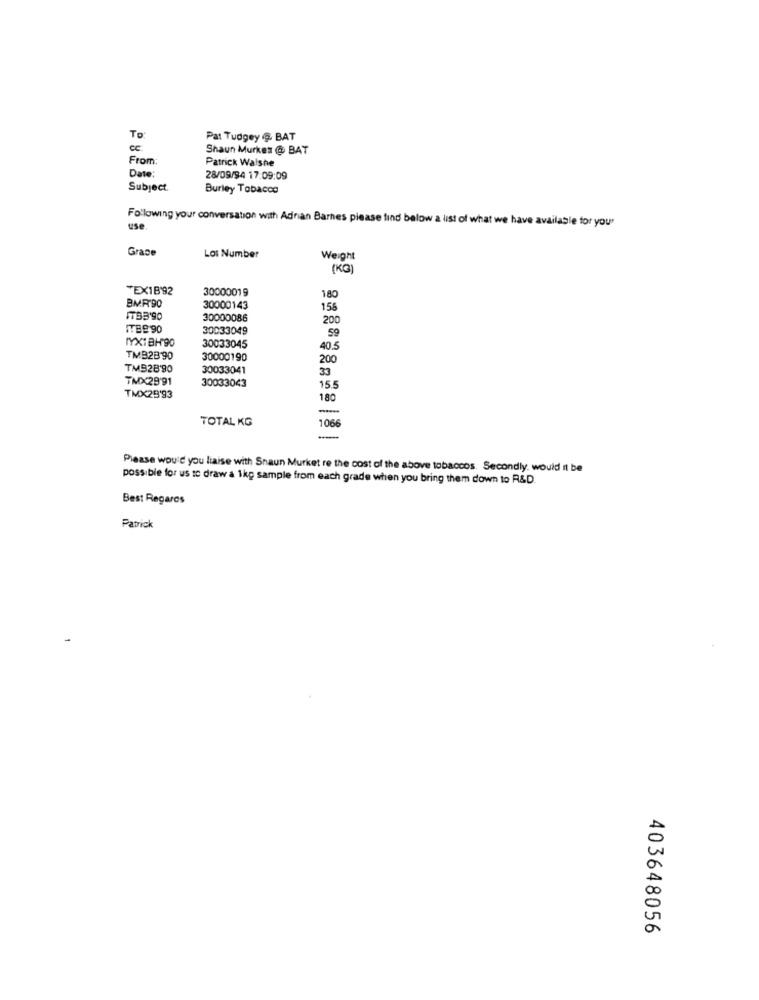
To
Pat Tudgey @ BAT
Shaun Murkes @ BAT
From:
Patrick Walshe
Date:
28/09/94 17:09:09
Subject.
Burley Tobacco
Following your conversation with Adrian Barnes please find below a list of what we have available for your
use
Grace
Lot Number
Weight
(KG)
TEX18'92
30000019
180
BMF90
30000143
156
ITB3'90
30000086
200
ITBB 90
30033049
IYX1BH'90
59
30033045
40.5
TMB2B'90
30000190
200
TMB28'90
30033041
33
TMX29'91
30033043
15.5
TMX29'93
180
-
TOTAL KG
1066
Please would you liaise with Shaun Murket re the cost of the above tobaccos. Secondly. would it be
possible for us to draw a 1kg sample from each grade when you bring them down to R&D.
Best Regards
Patrick
403648056